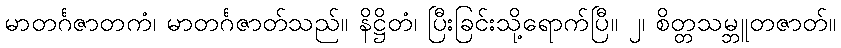
မာတင်္ဂဇာတကံ၊ မာတင်္ဂဇာတ်သည်။ နိဋ္ဌိတံ၊ ပြီးခြင်းသို့ရောက်ပြီ။ ၂၊ စိတ္တသမ္ဘူတဇာတ်။